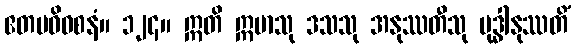
ဧတမဓိဝစနံ။ ၁၂၄။ ဣတိ ဣမာသု ဒသသု အနုဿတီသု ဗုဒ္ဓါနုဿတိံ